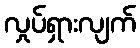
လှုပ်ရှားလျက်